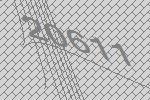
20611